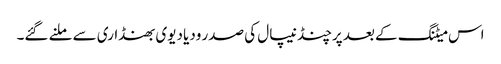
اس میٹنگ کے بعد پرچنڈ نیپال کی صدر ودیا دیوی بھنڈاری سے ملنے گئے۔